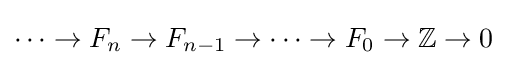
\cdots \to F_{n}\to F_{n-1}\to \cdots \to F_{0}\to \mathbb {Z} \to 0